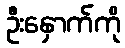
ဦးနှောက်ကို